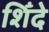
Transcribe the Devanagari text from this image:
शिँदे